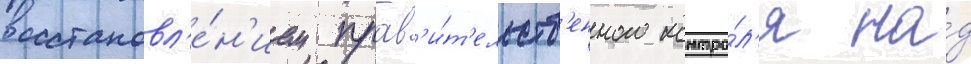
восстановл'е́н'ием прав'и́т'ельств'енного контро́л'я на́д